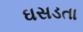
ઘસડતા